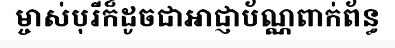
ម្ចាស់បុរីក៏ដូចជាអាជ្ញាប័ណ្ណពាក់ព័ន្ធ